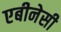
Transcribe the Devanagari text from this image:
एबीनेसी